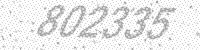
Solution: 802335